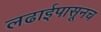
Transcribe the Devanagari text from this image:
लढाईपासूनच